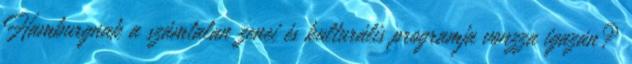
Hamburgnak a számtalan zenei és kulturális programja vonzza igazán?